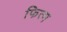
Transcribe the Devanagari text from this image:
फित्म